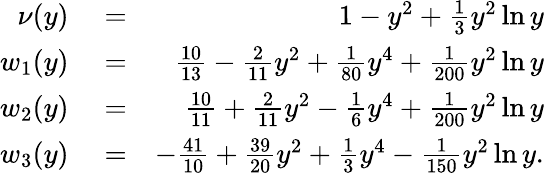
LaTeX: \begin{array}{rlr}{\nu(y)}&{{}=}&{1-y^{2}+\frac{1}{3}y^{2}\ln y}\\ {w_{1}(y)}&{{}=}&{\frac{10}{13}-\frac{2}{11}y^{2}+\frac{1}{80}y^{4}+\frac{1}{200}y^{2}\ln y}\\ {w_{2}(y)}&{{}=}&{\frac{10}{11}+\frac{2}{11}y^{2}-\frac{1}{6}y^{4}+\frac{1}{200}y^{2}\ln y}\\ {w_{3}(y)}&{{}=}&{-\frac{41}{10}+\frac{39}{20}y^{2}+\frac{1}{3}y^{4}-\frac{1}{150}y^{2}\ln y.}\end{array}